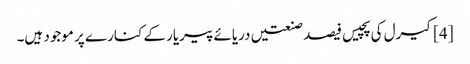
[4] کیرل کی پچیس فیصد صنعتیں دریائے پیریار کے کنارے پر موجود ہیں۔